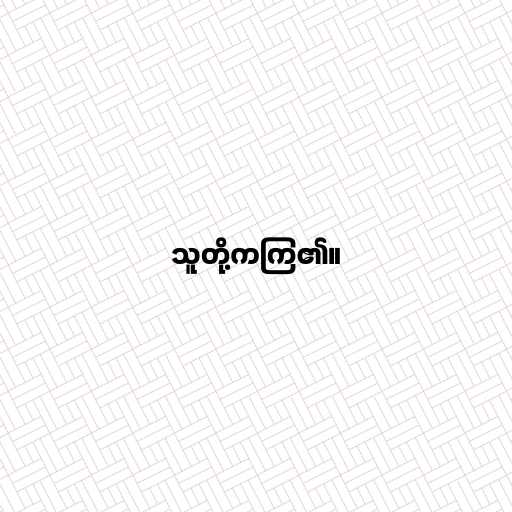
သူတို့ကကြ၏။